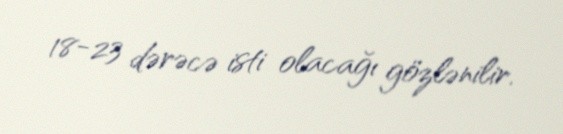
18-23 dərəcə isti olacağı gözlənilir.